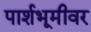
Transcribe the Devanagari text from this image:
पार्शभूमीवर